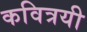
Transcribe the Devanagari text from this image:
कवित्रयी